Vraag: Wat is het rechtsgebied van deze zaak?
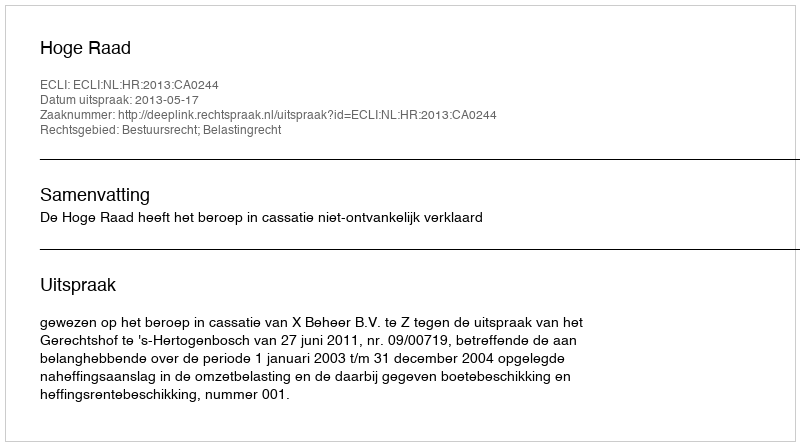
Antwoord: Bestuursrecht; Belastingrecht